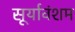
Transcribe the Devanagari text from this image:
सूर्यावंशम